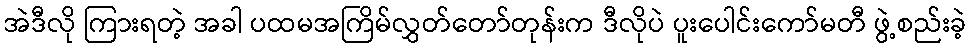
အဲဒီလို ကြားရတဲ့ အခါ ပထမအကြိမ်လွှတ်တော်တုန်းက ဒီလိုပဲ ပူးပေါင်းကော်မတီ ဖွဲ့စည်းခဲ့